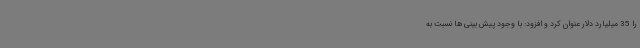
را 35 میلیارد دلار عنوان کرد و افزود: با وجود پیش بینی ها نسبت به